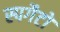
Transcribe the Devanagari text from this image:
स्पगैटो